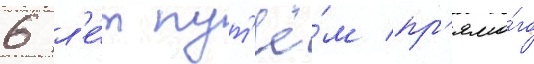
6 л'е́т пут'ё́м пр'ямо́го